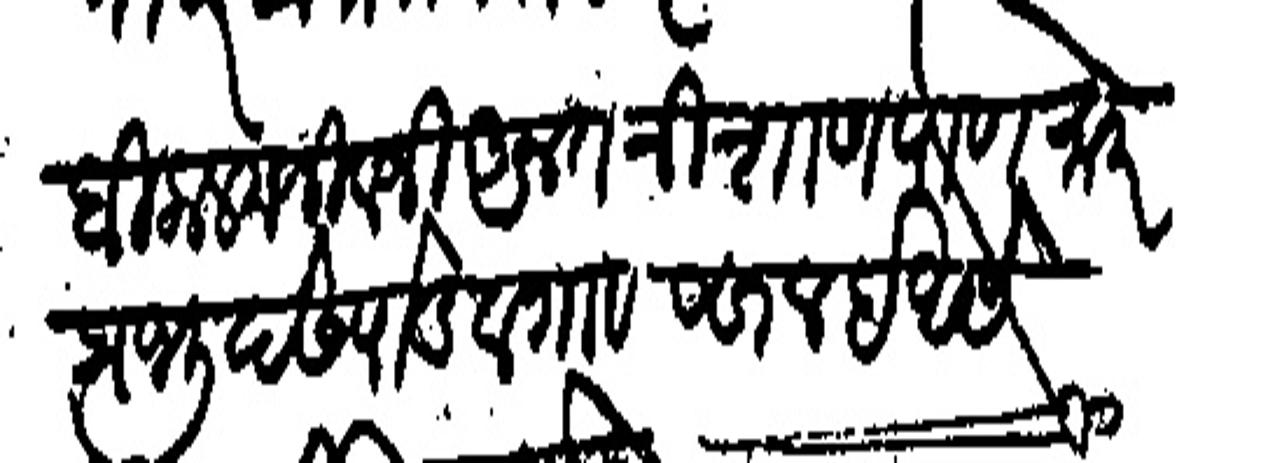
Transliteration (Devanagari): बिकलम जीवजी अनत प्रभु देशपाडे व गाव